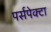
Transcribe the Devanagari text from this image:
पर्सपेक्टा